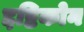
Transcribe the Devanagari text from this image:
द्दष्टिकोन